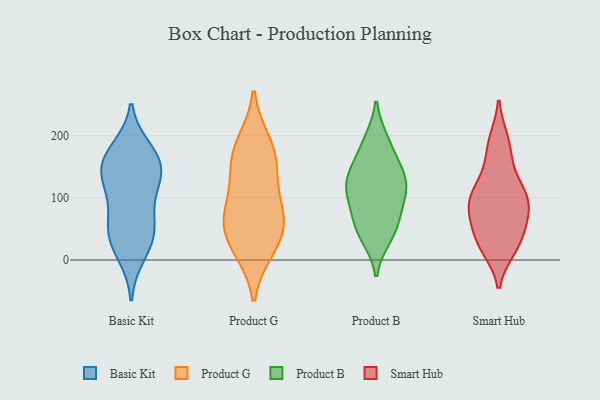
{"axis": {"x": "Conversion Rate (%)", "y": "Value"}, "legend": ["Basic Kit", "Product B", "Product G", "Smart Hub"], "data": [{"x": "", "y": 48, "type": "Basic Kit"}, {"x": "", "y": 159, "type": "Basic Kit"}, {"x": "", "y": 71, "type": "Basic Kit"}, {"x": "", "y": 118, "type": "Basic Kit"}, {"x": "", "y": 10, "type": "Basic Kit"}, {"x": "", "y": 141, "type": "Basic Kit"}, {"x": "", "y": 153, "type": "Basic Kit"}, {"x": "", "y": 161, "type": "Basic Kit"}, {"x": "", "y": 40, "type": "Basic Kit"}, {"x": "", "y": 176, "type": "Basic Kit"}, {"x": "", "y": 38, "type": "Basic Kit"}, {"x": "", "y": 116, "type": "Basic Kit"}, {"x": "", "y": 139, "type": "Product G"}, {"x": "", "y": 177, "type": "Product G"}, {"x": "", "y": 149, "type": "Product G"}, {"x": "", "y": 18, "type": "Product G"}, {"x": "", "y": 51, "type": "Product G"}, {"x": "", "y": 80, "type": "Product G"}, {"x": "", "y": 79, "type": "Product G"}, {"x": "", "y": 64, "type": "Product G"}, {"x": "", "y": 23, "type": "Product G"}, {"x": "", "y": 188, "type": "Product G"}, {"x": "", "y": 51, "type": "Product B"}, {"x": "", "y": 131, "type": "Product B"}, {"x": "", "y": 150, "type": "Product B"}, {"x": "", "y": 193, "type": "Product B"}, {"x": "", "y": 40, "type": "Product B"}, {"x": "", "y": 130, "type": "Product B"}, {"x": "", "y": 72, "type": "Product B"}, {"x": "", "y": 110, "type": "Product B"}, {"x": "", "y": 97, "type": "Product B"}, {"x": "", "y": 36, "type": "Product B"}, {"x": "", "y": 111, "type": "Product B"}, {"x": "", "y": 191, "type": "Product B"}, {"x": "", "y": 125, "type": "Product B"}, {"x": "", "y": 157, "type": "Product B"}, {"x": "", "y": 74, "type": "Product B"}, {"x": "", "y": 194, "type": "Smart Hub"}, {"x": "", "y": 110, "type": "Smart Hub"}, {"x": "", "y": 111, "type": "Smart Hub"}, {"x": "", "y": 18, "type": "Smart Hub"}, {"x": "", "y": 99, "type": "Smart Hub"}, {"x": "", "y": 48, "type": "Smart Hub"}, {"x": "", "y": 161, "type": "Smart Hub"}, {"x": "", "y": 74, "type": "Smart Hub"}, {"x": "", "y": 24, "type": "Smart Hub"}, {"x": "", "y": 73, "type": "Smart Hub"}]}